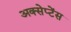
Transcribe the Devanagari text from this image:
अक्सेप्टेंस